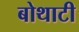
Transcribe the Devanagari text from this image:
बोथाटी